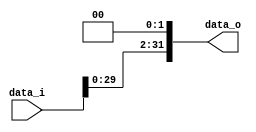
module Shift_Left_Two_32(
                         input [32-1:0] data_i,
                         output [32-1:0] data_o
                         );

assign data_o = {data_i[29:0],2'b00};

endmodule